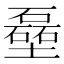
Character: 𪤬